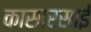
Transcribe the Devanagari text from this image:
कासारसाई